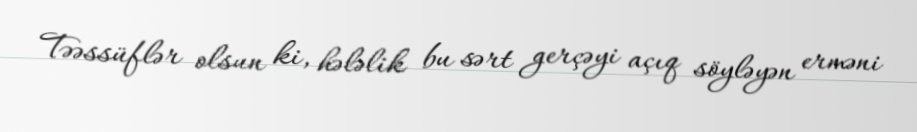
Təəssüflər olsun ki, hələlik bu sərt gerçəyi açıq söyləyən erməni